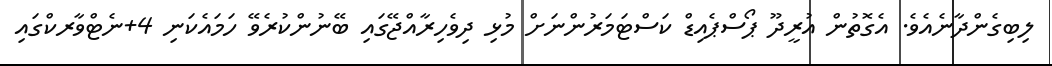
ލިބިގެންދާނެއެވެ. އެގޮތުން އުރީދޫ ޕޯސްޕެއިޑް ކަސްޓަމަރުންނަށް މުޅި ދިވެހިރާއްޖޭގައި ބޭނުންކުރެވޭ ހަމައެކަނި 4+ނެޓްވާރކްގައި